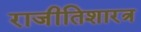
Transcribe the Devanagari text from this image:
राजीतिशारत्र